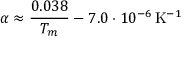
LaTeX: \alpha \approx { \frac { 0 . 0 3 8 } { T _ { m } } } - 7 . 0 \cdot 1 0 ^ { - 6 } \, \mathrm { K } ^ { - 1 }